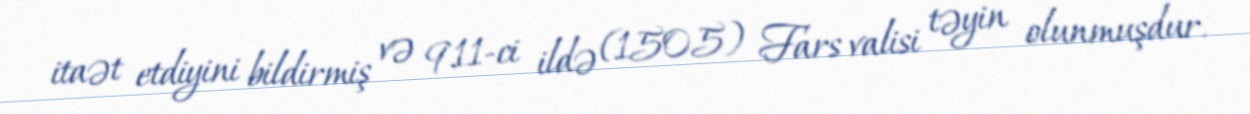
itaət etdiyini bildirmiş və 911-ci ildə (1505) Fars valisi təyin olunmuşdur.